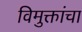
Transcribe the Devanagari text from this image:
विमुक्तांचा